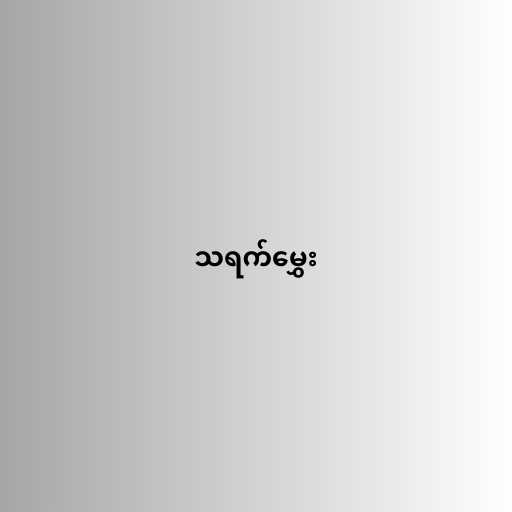
သရက်မွှေး